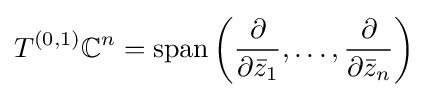
T^{(0,1)}\mathbb {C} ^{n}=\operatorname {span} \left({\frac {\partial }{\partial {\bar {z}}_{1}}},\dots ,{\frac {\partial }{\partial {\bar {z}}_{n}}}\right)